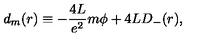
d _ { m } ( r ) \equiv - \frac { 4 L } { e ^ { 2 } } m { \phi } + 4 L D _ { - } ( r ) ,